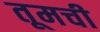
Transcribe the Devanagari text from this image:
तूमची